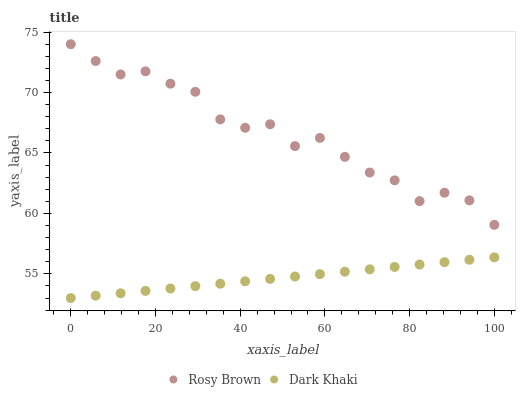
| xaxis_label | Rosy Brown | Dark Khaki |
 | --- | --- | --- |
 | 0 | 74 | 53 |
 | 5.88 | 72.6 | 53.2 |
 | 11.8 | 71.5 | 53.4 |
 | 17.6 | 71.8 | 53.6 |
 | 23.5 | 70.7 | 53.8 |
 | 29.4 | 70.1 | 54 |
 | 35.3 | 67.8 | 54.2 |
 | 41.2 | 67.1 | 54.4 |
 | 47.1 | 67.4 | 54.6 |
 | 52.9 | 65.6 | 54.8 |
 | 58.8 | 66.2 | 55 |
 | 64.7 | 64.7 | 55.2 |
 | 70.6 | 63.4 | 55.4 |
 | 76.5 | 62.7 | 55.6 |
 | 82.4 | 61 | 55.8 |
 | 88.2 | 61.7 | 56 |
 | 94.1 | 61.1 | 56.2 |
 | 100 | 59.1 | 56.4 |